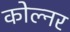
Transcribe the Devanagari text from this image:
कोल्नर